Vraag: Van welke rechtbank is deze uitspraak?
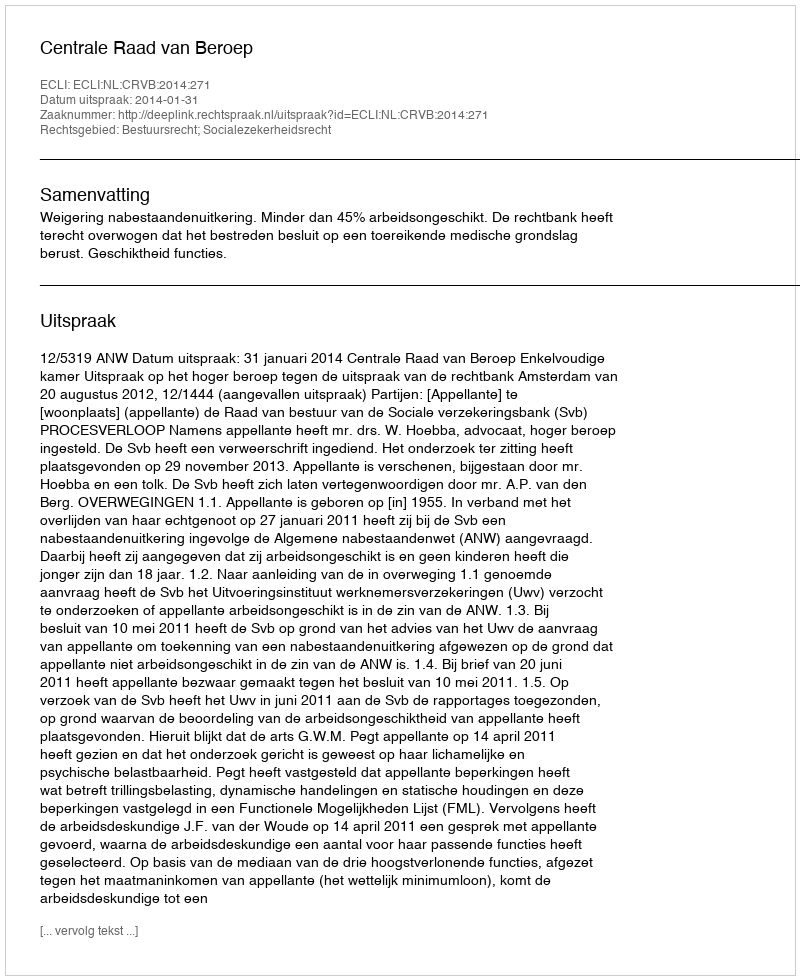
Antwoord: Centrale Raad van Beroep